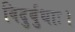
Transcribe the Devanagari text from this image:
विदुर्बुधाः।